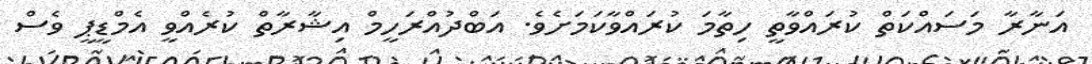
އަނާރާ މަސައްކަތް ކުރައްވާތީ ހިތާމަ ކުރައްވާކަމަށެވެ. އަބްދުއްރަހީމް އިޝާރާތް ކުރެއްވީ އެމްޑީޕީ ވެސް